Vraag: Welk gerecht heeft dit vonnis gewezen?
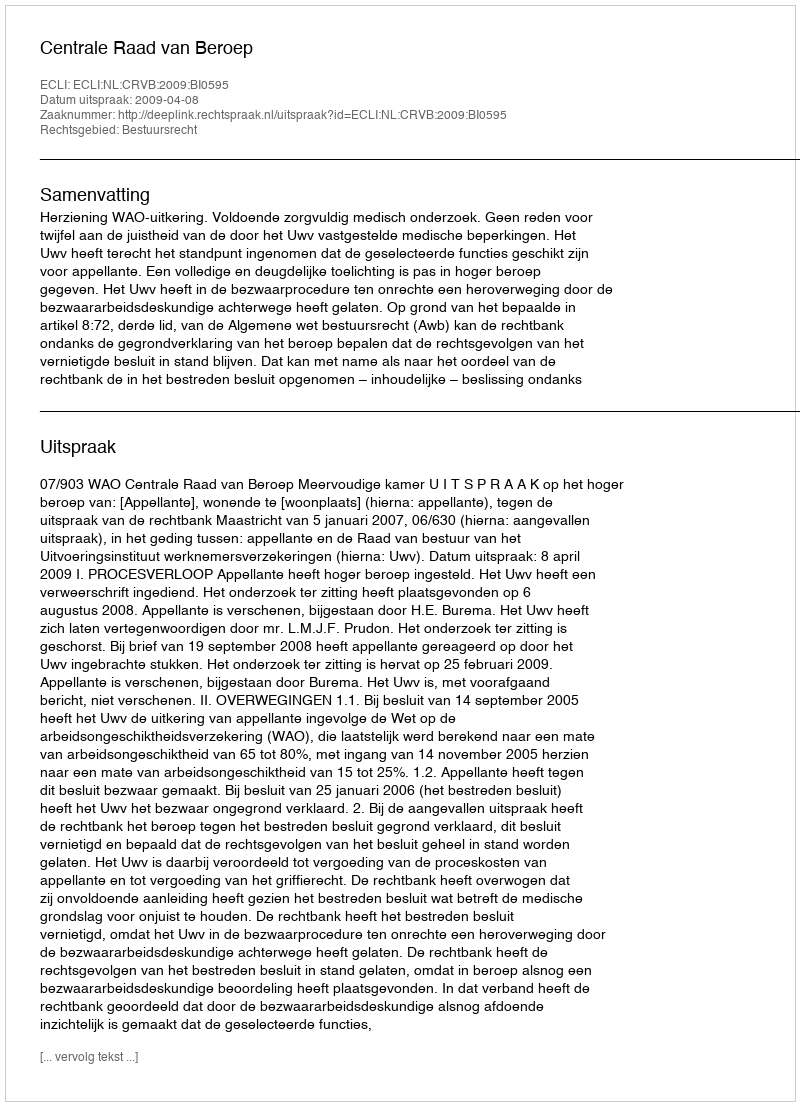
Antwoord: Centrale Raad van Beroep